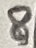
Text: 8